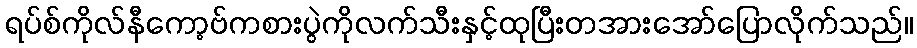
ရပ်စ်ကိုလ်နီကော့ဗ်ကစားပွဲကိုလက်သီးနှင့်ထုပြီးတအားအော်ပြောလိုက်သည်။